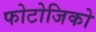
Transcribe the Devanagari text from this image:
फोटोजिको